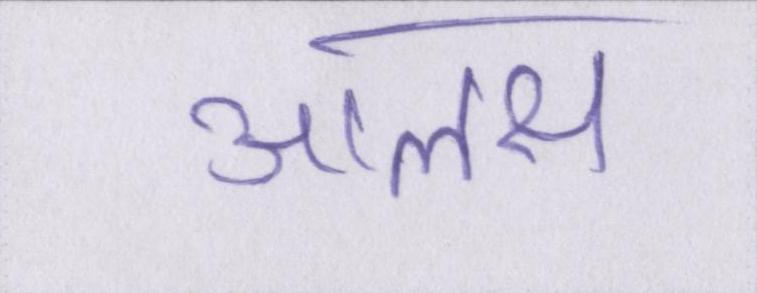
आलस